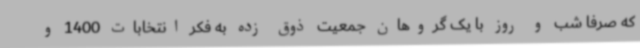
که صرفا شب و روز با یک گروهان جمعیت ذوق زده به فکر انتخابات 1400 و